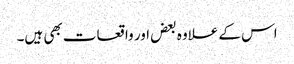
اس کے علاوہ بعض اور واقعات بھی ہیں۔